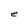
Character: e